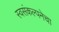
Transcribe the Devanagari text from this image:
स्वसंकल्पनेचा